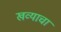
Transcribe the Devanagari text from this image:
खव्याचा